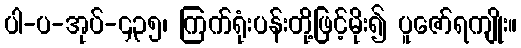
ပါ-ပ-အုပ်-၄၃၅၊ ကြက်ရုံးပန်းတို့ဖြင့်မိုး၍ ပူဇော်ရကျိုး။